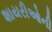
શાયરીઓની